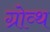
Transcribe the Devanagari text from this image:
ग्रोव्थ